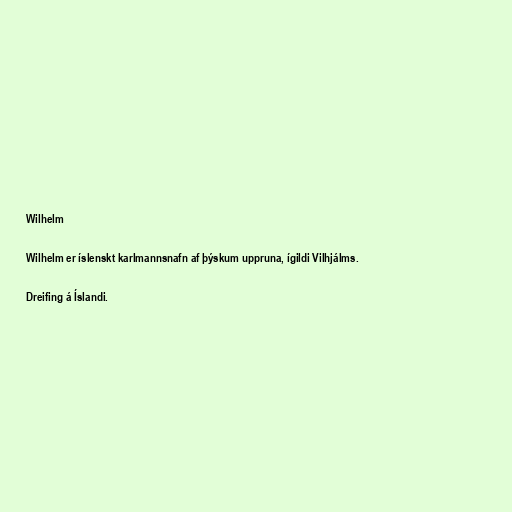
Wilhelm

Wilhelm er íslenskt karlmannsnafn af þýskum uppruna, ígildi Vilhjálms.

Dreifing á Íslandi.